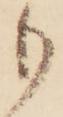
も